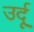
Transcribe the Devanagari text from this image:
उर्दूू